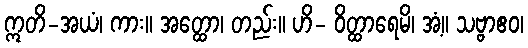
ဣတိ-အယံ၊ ကား။ အတ္ထော၊ တည်း။ ဟိ- ဝိတ္ထာရေမိ၊ အံ့။ သဗ္ဗာဧဝ၊